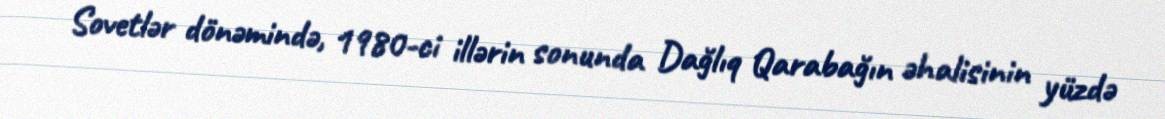
Sovetlər dönəmində, 1980-ci illərin sonunda Dağlıq Qarabağın əhalisinin yüzdə